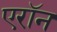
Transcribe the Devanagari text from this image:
एराॅन